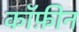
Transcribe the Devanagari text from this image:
कॉफ़ीन